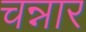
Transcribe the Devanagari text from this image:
चन्नार